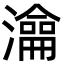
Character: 㵸